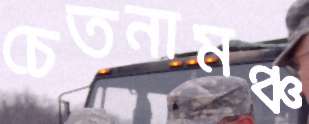
চেতনামঞ্চ